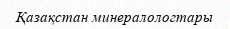
Қазақстан минералологтары